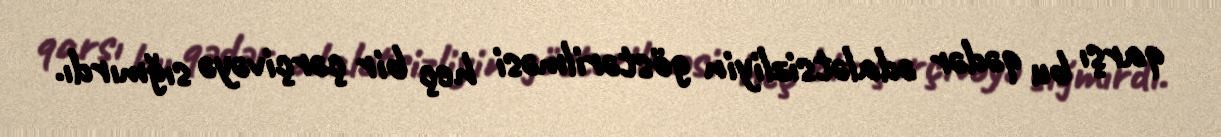
qarşı bu qədər ədalətsizliyin göstərilməsi heç bir çərçivəyə sığmırdı.